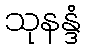
သုနန္ဒံ